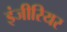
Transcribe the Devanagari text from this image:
इंजीरियर